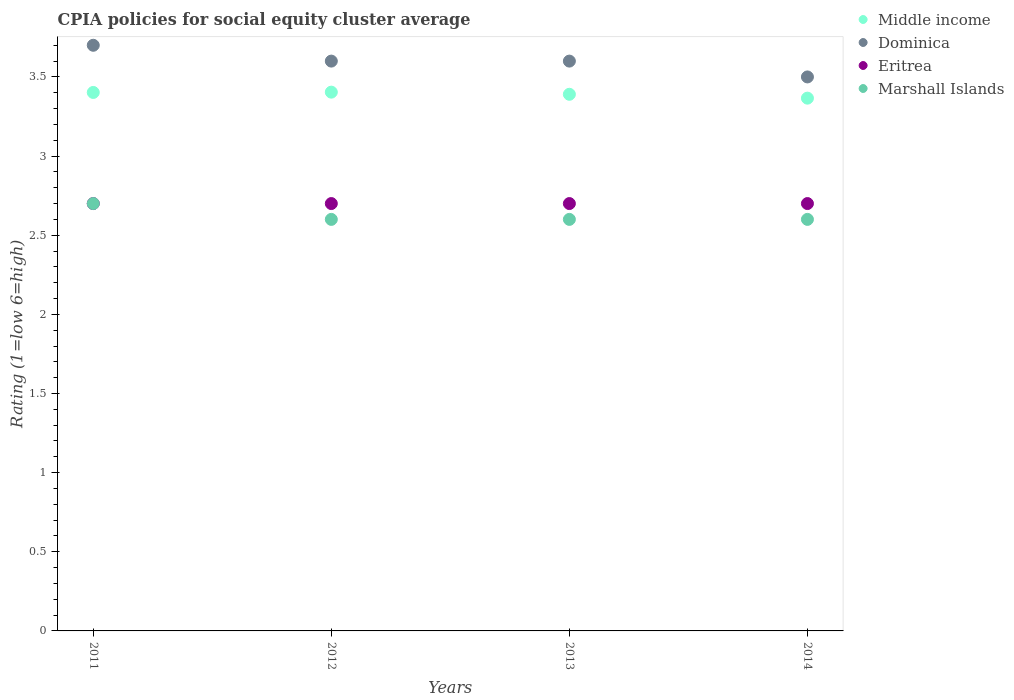
| Years | Middle income | Dominica | Eritrea | Marshall Islands |
 | --- | --- | --- | --- | --- |
 | 2011 | 3.4 | 3.7 | 2.7 | 2.7 |
 | 2012 | 3.4 | 3.6 | 2.7 | 2.6 |
 | 2013 | 3.39 | 3.6 | 2.7 | 2.6 |
 | 2014 | 3.37 | 3.5 | 2.7 | 2.6 |